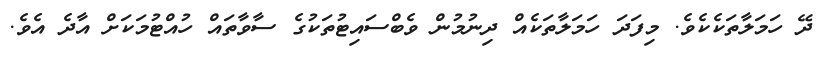
ދޭ ހަމަލާތަކެކެވެ. މިފަދަ ހަމަލާތަކެއް ދިނުމުން ވެބްސައިޓުތަކުގެ ސާވާތައް ހުއްޓުމަކަށް އާދެ އެވެ.